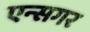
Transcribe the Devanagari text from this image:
एन्सगर